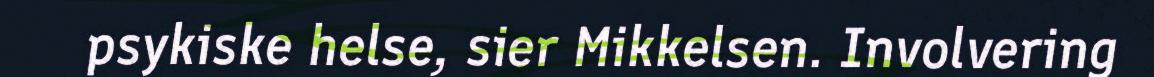
psykiske helse, sier Mikkelsen. Involvering